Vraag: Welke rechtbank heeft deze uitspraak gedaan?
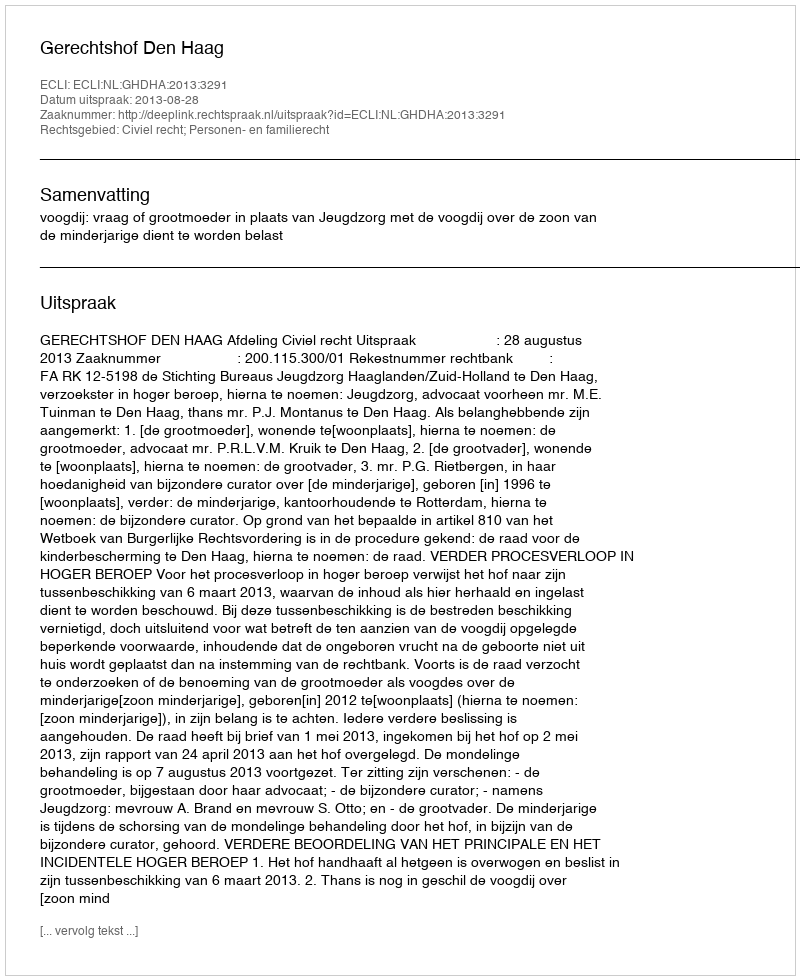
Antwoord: Gerechtshof Den Haag